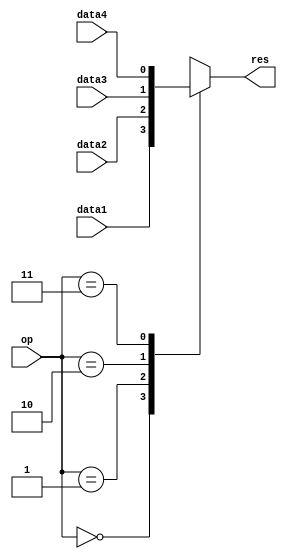
module mux4 #(parameter WIDTH = 1)
  (input [WIDTH-1:0] data1,
   input [WIDTH-1:0] data2,
   input [WIDTH-1:0] data3,
   input [WIDTH-1:0] data4,
   input [1:0] op,
   output reg [WIDTH-1:0] res);

  always @* begin
    case (op)
    2'b00: res <= data1;
    2'b01: res <= data2;
    2'b10: res <= data3;
    2'b11: res <= data4;
    default: res <= 16'bxxxx_xxxx_xxxx_xxxx;
    endcase
  end
endmodule